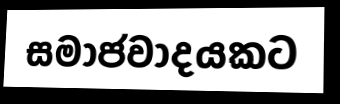
සමාජවාදයකට